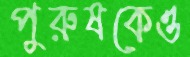
পুরুষকেও